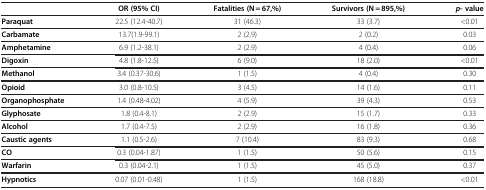
<table><thead><tr><td><b> </b></td><td><b>OR (95% CI)</b></td><td><b>Fatalities (N = 67,%)</b></td><td><b>Survivors (N = 895,%)</b></td><td><b><i>p</i>- value</b></td></tr></thead><tbody><tr><td><b>Paraquat</b></td><td>22.5 (12.4-40.7)</td><td>31 (46.3)</td><td>33 (3.7)</td><td>&lt;0.01</td></tr><tr><td><b>Carbamate</b></td><td>13.7(1.9-99.1)</td><td>2 (2.9)</td><td>2 (0.2)</td><td>0.03</td></tr><tr><td><b>Amphetamine</b></td><td>6.9 (1.2-38.1)</td><td>2 (2.9)</td><td>4 (0.4)</td><td>0.06</td></tr><tr><td><b>Digoxin</b></td><td>4.8 (1.8-12.5)</td><td>6 (9.0)</td><td>18 (2.0)</td><td>&lt;0.01</td></tr><tr><td><b>Methanol</b></td><td>3.4 (0.37-30.6)</td><td>1 (1.5)</td><td>4 (0.4)</td><td>0.30</td></tr><tr><td><b>Opioid</b></td><td>3.0 (0.8-10.5)</td><td>3 (4.5)</td><td>14 (1.6)</td><td>0.11</td></tr><tr><td><b>Organophosphate</b></td><td>1.4 (0.48-4.02)</td><td>4 (5.9)</td><td>39 (4.3)</td><td>0.53</td></tr><tr><td><b>Glyphosate</b></td><td>1.8 (0.4-8.1)</td><td>2 (2.9)</td><td>15 (1.7)</td><td>0.33</td></tr><tr><td><b>Alcohol</b></td><td>1.7 (0.4-7.5)</td><td>2 (2.9)</td><td>16 (1.8)</td><td>0.36</td></tr><tr><td><b>Caustic agents</b></td><td>1.1 (0.5-2.6)</td><td>7 (10.4)</td><td>83 (9.3)</td><td>0.68</td></tr><tr><td><b>CO</b></td><td>0.3 (0.04-1.87)</td><td>1 (1.5)</td><td>50 (5.6)</td><td>0.15</td></tr><tr><td><b>Warfarin</b></td><td>0.3 (0.04-2.1)</td><td>1 (1.5)</td><td>45 (5.0)</td><td>0.37</td></tr><tr><td><b>Hypnotics</b></td><td>0.07 (0.01-0.48)</td><td>1 (1.5)</td><td>168 (18.8)</td><td>&lt;0.01</td></tr></tbody></table>